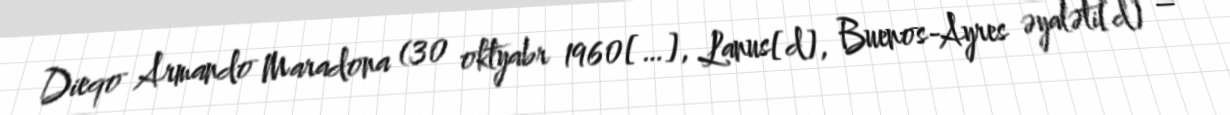
Dieqo Armando Maradona (30 oktyabr 1960[…], Lanus[d], Buenos-Ayres əyaləti[d] –